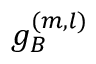
g _ { B } ^ { ( m , l ) }